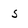
Character: 5